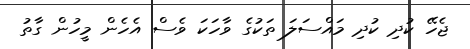
ޖެހޭ ކުދި ކުދި މައްސަލަ ތަކުގެ ވާހަކަ ވެސް އެހެން މީހުން ގާތު